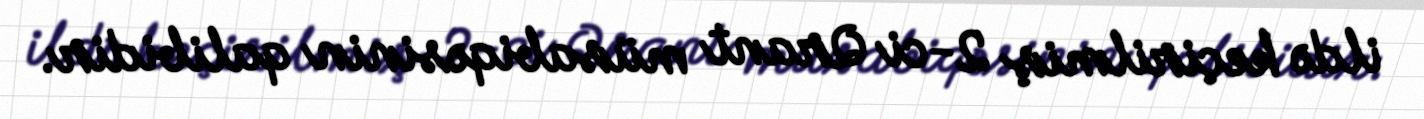
ildə keçirilmiş 2-ci Qrant müsabiqəsinin qalibidir.